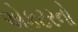
એકટરનો